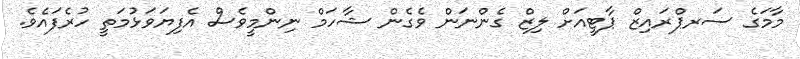
މާމަގެ ސަރޕްރައިޒް ޕާޓީއަށް ލިޒް ގެންނަން ވެގެން ޝާހަމް ނިންމީވެސް އެފިޔަވަޅުމަތީ ހުރެފައެވެ.